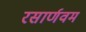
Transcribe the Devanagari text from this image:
रसार्णवम